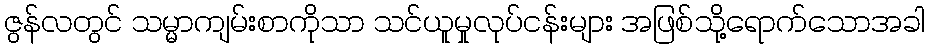
ဇွန်လတွင် သမ္မာကျမ်းစာကိုသာ သင်ယူမှုလုပ်ငန်းများ အဖြစ်သို့ရောက်သောအခါ